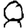
Digit: 8